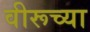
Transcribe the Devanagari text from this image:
वीरूच्या